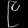
Digit: ၉